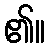
၏။